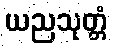
ယညသုတ္တံ